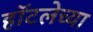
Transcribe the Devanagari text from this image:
हॉटलेच्या